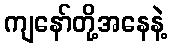
ကျနော်တို့အနေနဲ့